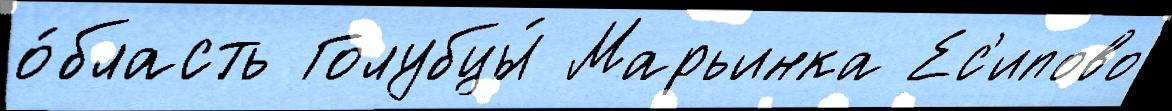
о́бласть Голубцы́ Марьинка Ес'ипово